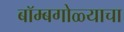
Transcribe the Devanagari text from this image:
बॉम्बगोळ्याचा